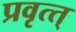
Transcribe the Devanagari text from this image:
प्रवृत्त्